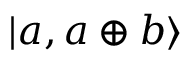
| a , a \oplus b \rangle